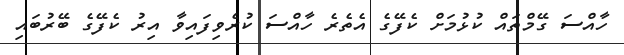
ހާއްސަ ގޭމްތައް ކުޅުމަށް ކެފޭގެ އެތެރެ ހާއްސަ ކުރެވިފައިވާ އިރު ކެފޭގެ ބޭރުބައި